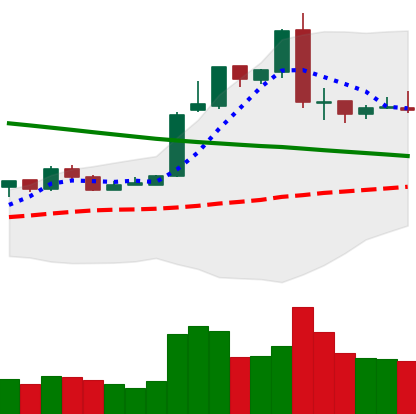
Ticker: EOS-USD
Chart end date: 2019-03-01
Forward return: 7.21%
Label: up_7plus